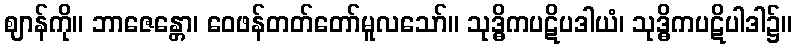
ဈာန်ကို။ ဘာဇေန္တော၊ ဝေဖန်တတ်တော်မူလသော်။ သုဒ္ဓိကပဋိပဒါယံ၊ သုဒ္ဓိကပဋိပါဒါ၌။